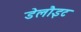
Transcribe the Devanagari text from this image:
डेलौइट